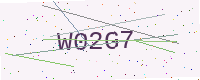
Text: W02G7